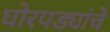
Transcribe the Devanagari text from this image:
घोरपड्यांचे